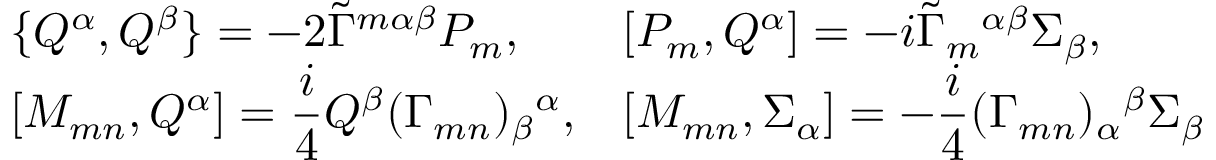
\begin{array} { l l } { { \{ Q ^ { \alpha } , Q ^ { \beta } \} = - 2 \tilde { \Gamma } ^ { m \alpha \beta } P _ { m } , } } & { { [ P _ { m } , Q ^ { \alpha } ] = - i \tilde { \Gamma } _ { m } { } ^ { \alpha \beta } \Sigma _ { \beta } , } } \\ { { { } [ M _ { m n } , Q ^ { \alpha } ] = \displaystyle \frac i 4 Q ^ { \beta } ( \Gamma _ { m n } ) _ { \beta } { } ^ { \alpha } , } } & { { [ M _ { m n } , \Sigma _ { \alpha } ] = - \displaystyle \frac i 4 ( \Gamma _ { m n } ) _ { \alpha } { } ^ { \beta } \Sigma _ { \beta } } } \end{array}